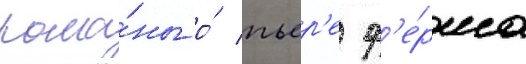
рома́ны о́ пьер'е ф'е́рма